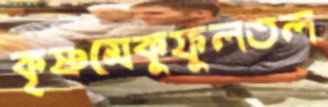
কৃষ্ণমেকুফুলতল